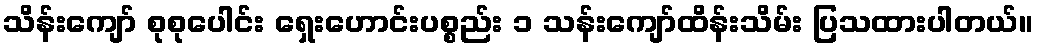
သိန်းကျော် စုစုပေါင်း ရှေးဟောင်းပစ္စည်း ၁ သန်းကျော်ထိန်းသိမ်း ပြသထားပါတယ်။